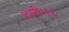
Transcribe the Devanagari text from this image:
दारी५६